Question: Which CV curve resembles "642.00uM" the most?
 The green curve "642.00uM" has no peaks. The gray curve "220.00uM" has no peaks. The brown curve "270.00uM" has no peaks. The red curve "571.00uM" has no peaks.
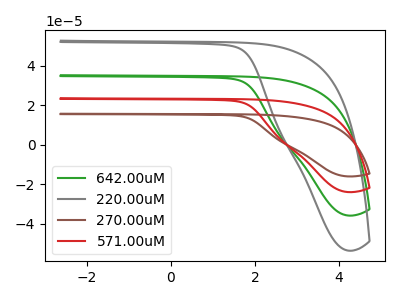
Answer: <think>Neither "642.00uM" or "220.00uM" have any peaks. Neither "642.00uM" or "270.00uM" have any peaks. Neither "642.00uM" or "571.00uM" have any peaks. Neither "220.00uM" or "270.00uM" have any peaks. Neither "220.00uM" or "571.00uM" have any peaks. Neither "270.00uM" or "571.00uM" have any peaks.
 </think>
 <answer>"642.00uM", "270.00uM" and "571.00uM" have a similar shape to "220.00uM".</answer>
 <eval>"642.00uM" "270.00uM" "571.00uM"</eval>